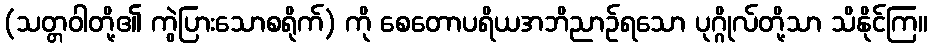
(သတ္တဝါတို့၏ ကွဲပြားသောစရိုက်) ကို စေတောပရိယအဘိညာဉ်ရသော ပုဂ္ဂိုလ်တို့သာ သိနိုင်ကြ။